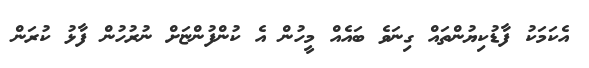
އެކަމަކު ފާޑުކިޔުންތައް ގިނަވެ ބައެއް މީހުން އެ ކުންފުންޏަށް ނުރުހުން ފާޅު ކުރަން